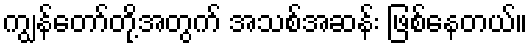
ကျွန်တော်တို့အတွက် အသစ်အဆန်း ဖြစ်နေတယ်။